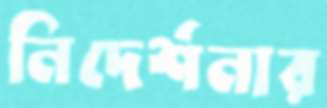
নিদের্শনার